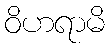
ဝိဟရာမိ